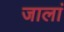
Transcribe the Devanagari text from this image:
जालां